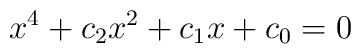
x^4 + c_2 x^2 + c_1 x + c_0 = 0